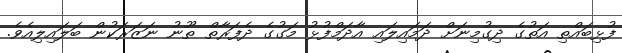
ފުޅިބައްތި އަތުގެ ދިގުމިނަށް ދަމައިލައި އާދަމްފުޅު މަގުގެ ދެފަރާތް ތޫނު ނަޒަރަކުން ބަލައިލިއެވެ.